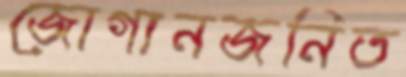
জোগানজনিত